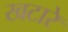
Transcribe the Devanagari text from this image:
खटारे